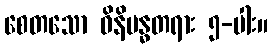
စေတသော ဝိနိဗန္ဓတရား ၅-ပါး။